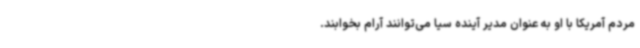
مردم آمریکا با او به عنوان مدیر آینده سیا می‌توانند آرام بخوابند.